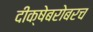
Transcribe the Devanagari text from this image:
दीक्षेबरोबरच